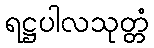
ရဋ္ဌပါလသုတ္တံ